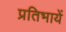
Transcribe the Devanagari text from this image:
प्रतिभायें